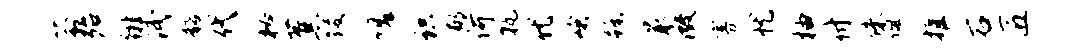
葑殆徘泯髂代秘蕉後嗟识郁何孰优峨蹶最微寡忧柚付侏佩推石匠